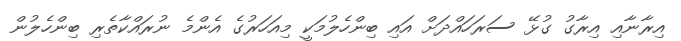
އިރާނާއި އިރާގު ގުޅޭ ސަރަހައްދަށް އައި ބިންހެލުމަކީ މިއަހަރުގެ އެންމެ ނުރައްކާތެރި ބިންހެލުން